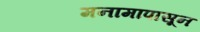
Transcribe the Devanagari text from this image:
मनामापासून